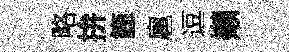
略拚箇扈逗嬾